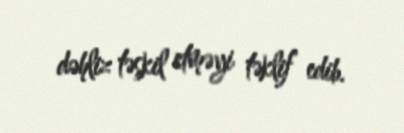
dəhliz təşkil etməyi təklif edib.